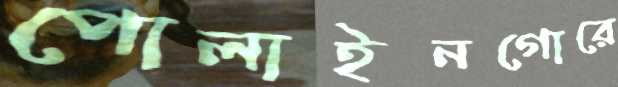
পোলাইনগোরে